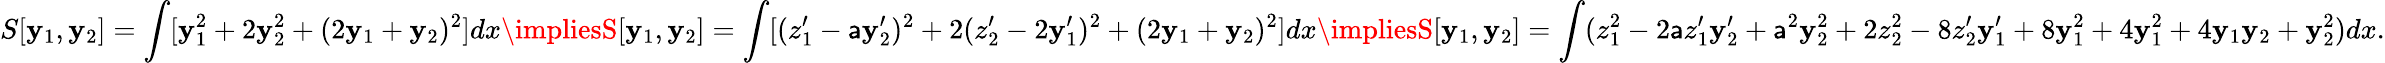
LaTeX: S[\mathbf{y}_{1},\mathbf{y}_{2}]=\int[\mathbf{y}_{1}^{2}+2\mathbf{y}_{2}^{2}+(2\mathbf{y}_{1}+\mathbf{y}_{2})^{2}]dx\impliesS[\mathbf{y}_{1},\mathbf{y}_{2}]=\int[(z_{1}^{\prime}-\mathsf{a}\mathbf{y}_{2}^{\prime})^{2}+2(z_{2}^{\prime}-2\mathbf{y}_{1}^{\prime})^{2}+(2\mathbf{y}_{1}+\mathbf{y}_{2})^{2}]dx\impliesS[\mathbf{y}_{1},\mathbf{y}_{2}]=\int(z_{1}^{2}-2\mathsf{a}z_{1}^{\prime}\mathbf{y}_{2}^{\prime}+\mathsf{a}^{2}\mathbf{y}_{2}^{2}+2z_{2}^{2}-8z_{2}^{\prime}\mathbf{y}_{1}^{\prime}+8\mathbf{y}_{1}^{2}+4\mathbf{y}_{1}^{2}+4\mathbf{y}_{1}\mathbf{y}_{2}+\mathbf{y}_{2}^{2})dx.